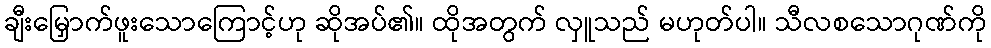
ချီးမြှောက်ဖူးသောကြောင့်ဟု ဆိုအပ်၏။ ထိုအတွက် လှူသည် မဟုတ်ပါ။ သီလစသောဂုဏ်ကို